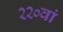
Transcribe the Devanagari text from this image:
२२०वां